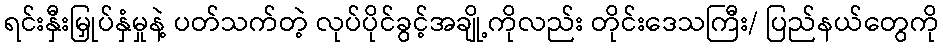
ရင်းနှီးမြှုပ်နှံမှုနဲ့ ပတ်သက်တဲ့ လုပ်ပိုင်ခွင့်အချို့ကိုလည်း တိုင်းဒေသကြီး/ ပြည်နယ်တွေကို